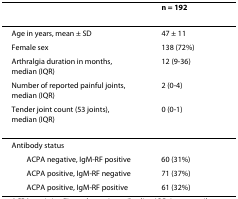
<table><thead><tr><td></td><td><b>n = 192</b></td></tr></thead><tbody><tr><td>Age in years, mean ± SD</td><td>47 ± 11</td></tr><tr><td>Female sex</td><td>138 (72%)</td></tr><tr><td>Arthralgia duration in months, median (IQR)</td><td>12 (9-36)</td></tr><tr><td>Number of reported painful joints, median (IQR)</td><td>2 (0-4)</td></tr><tr><td>Tender joint count (53 joints), median (IQR)</td><td>0 (0-1)</td></tr><tr><td>Antibody status</td><td></td></tr><tr><td> ACPA negative, IgM-RF positive</td><td>60 (31%)</td></tr><tr><td> ACPA positive, IgM-RF negative</td><td>71 (37%)</td></tr><tr><td> ACPA positive, IgM-RF positive</td><td>61 (32%)</td></tr></tbody></table>